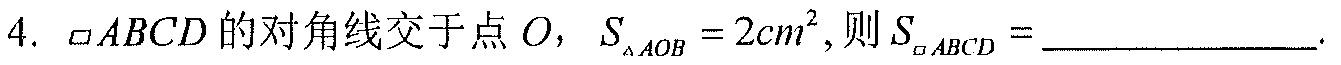
4. $\square ABCD$的对角线交于点$O$，$S_{\triangle AOB}=2cm^{2}$,则$S_{\square ABCD}=$____________.